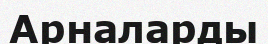
Арналарды